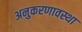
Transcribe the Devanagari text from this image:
अनुकरणावस्था